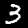
Label: 3